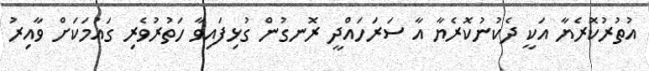
އުތުރުކޮރެޔާ އަކީ ދެކުނުކޮރެޔާ އާ ސަރަހައްދީ ރޮނގުން ގުޅިފައިވާ ހަތުރުވެރި ގައުމަކަށް ވާއިރު